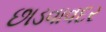
છાડવાવદર